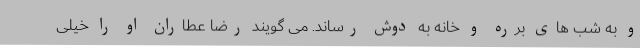
و به شب های برره و خانه به دوش رساند. می گویند رضا عطاران او را خیلی